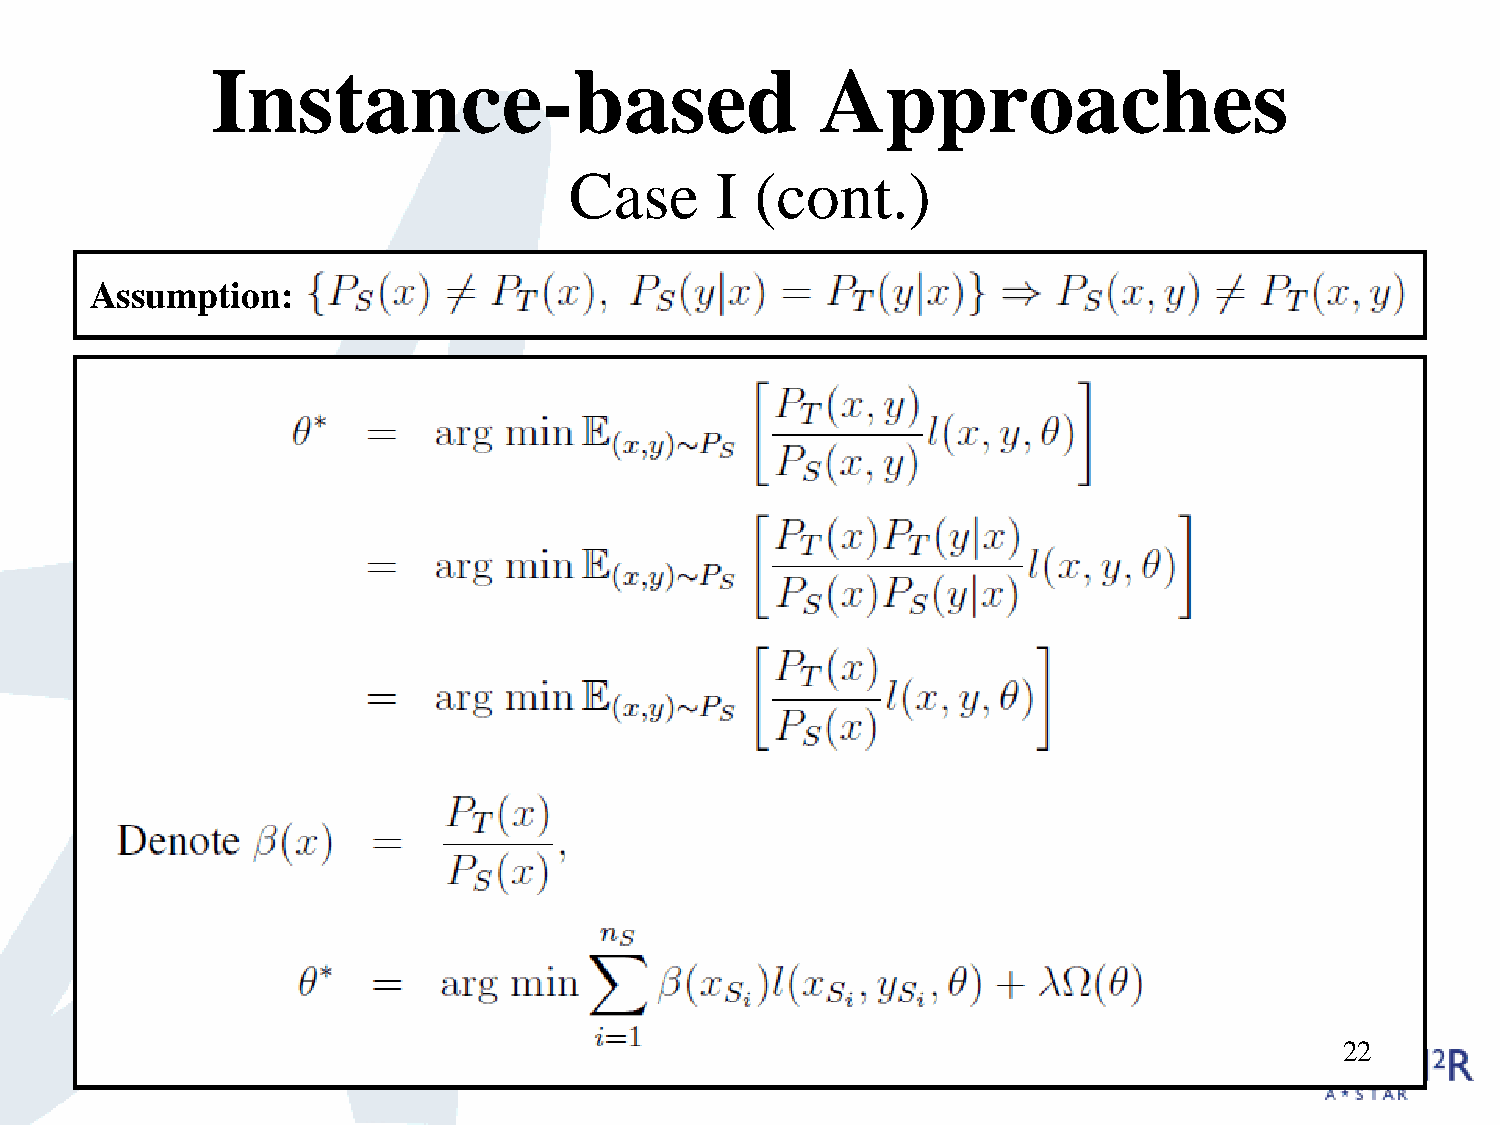
Instance-based                          Approaches
 Case     I  (cont.)
 Assumption:
 22